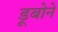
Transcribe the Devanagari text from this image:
डूबोने